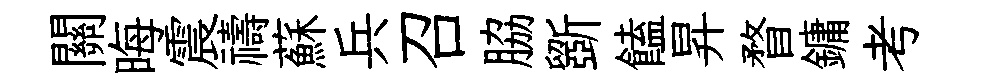
關晦震禱蘇兵召脇斵饁昇瞀鏞考